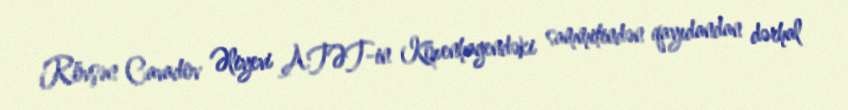
Rövşən Cavadov Əliyevi ATƏT-in Kopenhagendəki sammitindən qayıdandan dərhal